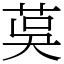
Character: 茣